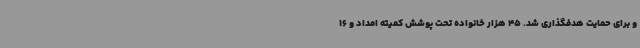
و برای حمایت هدفگذاری شد. 45 هزار خانواده تحت پوشش کمیته امداد و 16